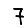
Digit: 7